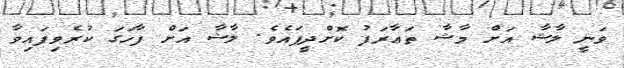
ވަނީ ލާޝާ އަށް މާޝާ ތަޢާރަފު ކޮށްދީފައެވެ. ލާޝާ އަށް ފާހަގަ ކުރެވިފައިވާ